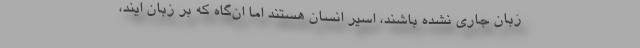
زبان جاری نشده باشند، اسیر انسان هستند اما ان‌گاه که بر زبان ایند،